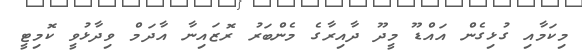
މިކަމާއި ގުޅިގެން އައްޑޫ މީދޫ ދާއިރާގެ މެންބަރު ރޮޒައިނާ އާދަމް ވިދާޅުވީ ކޮމިޓީ